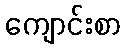
ကျောင်းစာ